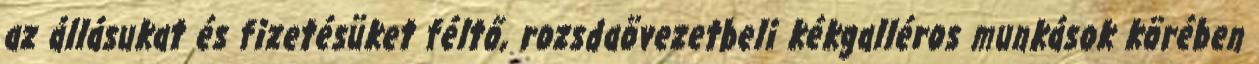
az állásukat és fizetésüket féltő, rozsdaövezetbeli kékgalléros munkások körében